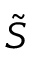
\tilde { S }